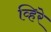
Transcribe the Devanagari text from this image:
व्हिरे